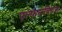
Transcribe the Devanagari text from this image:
एल्फराबियस